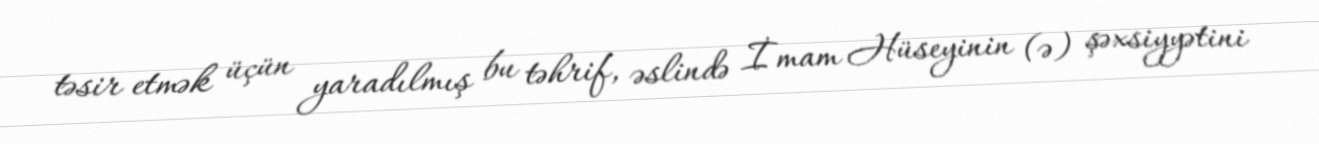
təsir etmək üçün yaradılmış bu təhrif, əslində İmam Hüseyinin (ə) şəxsiyyətini